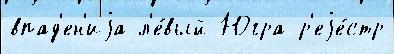
впад'ен'иjа л'е́вый Югра р'еjе́стр